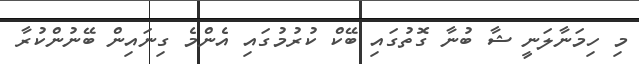
މި ހިމަނާލަނީ ޝާ ބުނާ ގޮތުގައި ބޭކް ކުރުމުގައި އެންމެ ގިނައިން ބޭނުންކުރާ